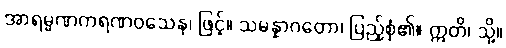
အာရမ္မဏကရဏဝသေန၊ ဖြင့်။ သမန္နာဂတော၊ ပြည့်စုံ၏။ ဣတိ၊ သို့။